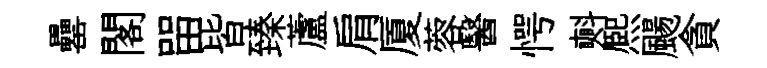
罍閣㽞皆臻蘆肩厦蓉醫愕㪺熈颺貪